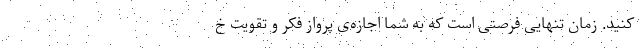
کنید. زمان تنهایی فرصتی است که به شما اجازه‌ی پرواز فکر و تقویت خ